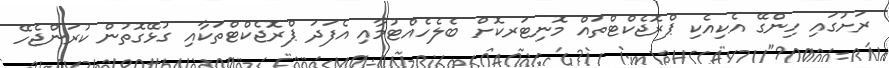
ރަށުގައި ހިންގޭ އެކިއެކި ޕްރޮޖެކްޓްތައް މޮނިޓަރކޮށް ބެލެހެއްޓުމާއި އެފަދަ ޕްރޮޖެކްޓްތަކާއި ގުޅޭގޮތުން ކުރަންޖެހޭ